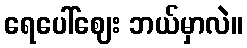
ရေပေါ်ဈေး ဘယ်မှာလဲ။